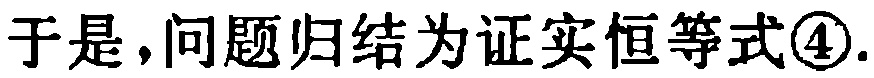
于是，问题归结为证实恒等式\textcircled{4}.